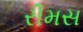
રીમસ